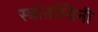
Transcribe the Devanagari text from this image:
स्त्रोतस्विनी